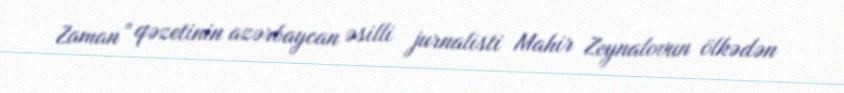
Zaman” qəzetinin azərbaycan əsilli jurnalisti Mahir Zeynalovun ölkədən